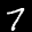
Label: 7